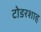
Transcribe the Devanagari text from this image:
टोडरशाह